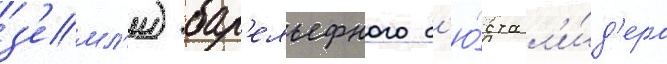
з'емл'и) бар'ельефного б'ю́ста л'и́д'ера